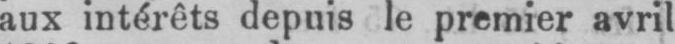
aux intérêts depuis le premier avril